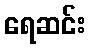
ရေဆင်း